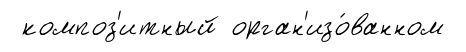
композ'итный орган'изо́ванном